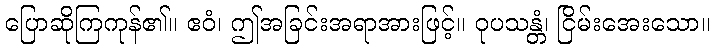
ပြောဆိုကြကုန်၏။ ဧဝံ၊ ဤအခြင်းအရာအားဖြင့်။ ဝုပသန္တံ၊ ငြိမ်းအေးသော။